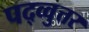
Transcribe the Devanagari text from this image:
पद्व्वुत्तर